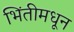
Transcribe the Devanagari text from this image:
भिंतीमधून